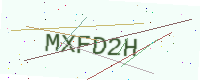
Text: MXFD2H